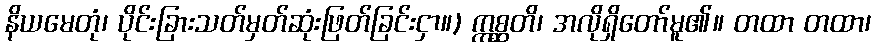
နိယမေတုံ၊ ပိုင်းခြားသတ်မှတ်ဆုံးဖြတ်ခြင်းငှာ။) ဣစ္ဆတိ၊ အလိုရှိတော်မူ၏။ တထာ တထာ၊